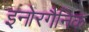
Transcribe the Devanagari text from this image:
इनोरगैनिक